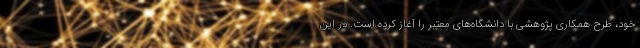
خود، طرح همکاری پژوهشی با دانشگاه‌های معتبر را آغاز کرده است. در این